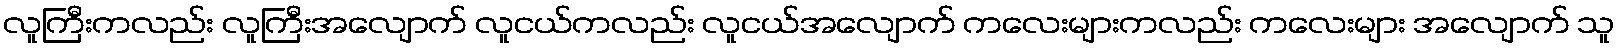
လူကြီးကလည်း လူကြီးအလျောက် လူငယ်ကလည်း လူငယ်အလျောက် ကလေးများကလည်း ကလေးများ အလျောက် သူ